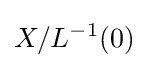
X/L^{-1}(0)